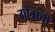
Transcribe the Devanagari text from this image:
गोत्रांची